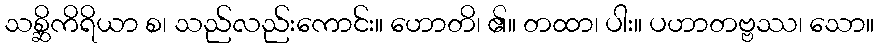
သစ္ဆိကိရိယာ စ၊ သည်လည်းကောင်း။ ဟောတိ၊ ၏။ တထာ၊ ပါး။ ပဟာတဗ္ဗဿ၊ သော။